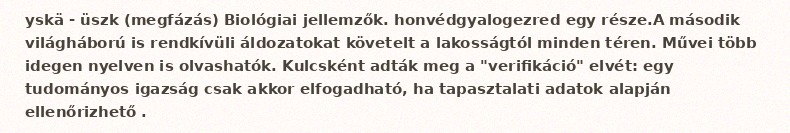
yskä - üszk (megfázás) Biológiai jellemzők. honvédgyalogezred egy része.A második világháború is rendkívüli áldozatokat követelt a lakosságtól minden téren. Művei több idegen nyelven is olvashatók. Kulcsként adták meg a "verifikáció" elvét: egy tudományos igazság csak akkor elfogadható, ha tapasztalati adatok alapján ellenőrizhető .